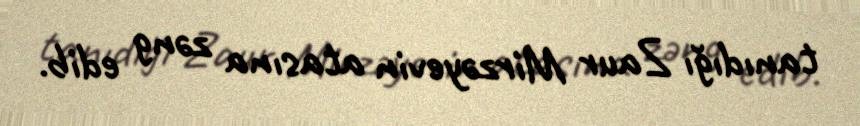
tanıdığı Zaur Mirzəyevin atasına zəng edib.